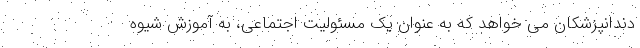
دندانپزشکان می خواهد که به عنوان یک مسئولیت اجتماعی، به آموزش شیوه